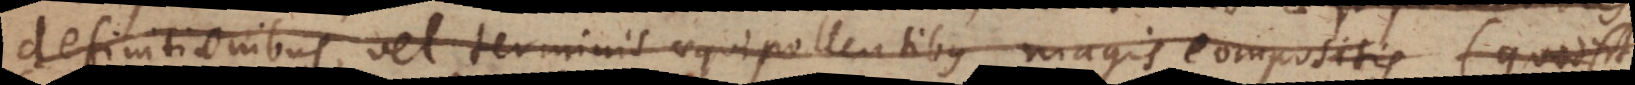
definitionibus, vel terminis aequipollentibus magis compositis